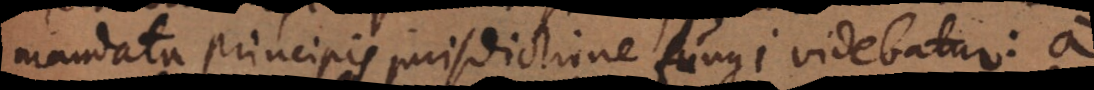
mandata principis jurisdictione fungi videbatur: a